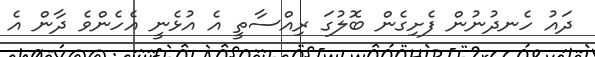
ދައު ހެނދުނުން ފެށިގެން ބޮލުގަ ރިއްސާތީ އެ އުޅެނީ އެހެންވެ ދާން އެ